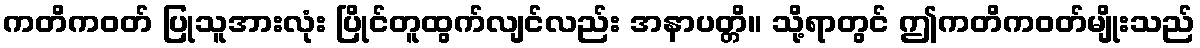
ကတိကဝတ် ပြုသူအားလုံး ပြိုင်တူထွက်လျင်လည်း အနာပတ္တိ။ သို့ရာတွင် ဤကတိကဝတ်မျိုးသည်